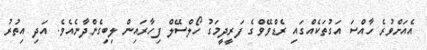
އެއަށްވުރެ ހާއްސަ އަގުތަކެއްގައި ރެޑްވޭވްގެ ފަރީދީމަގު ހޯލްސޭލް ފިހާރައިން ލިބިގެންދާނެއެވެ. އަދި އިތުރު